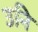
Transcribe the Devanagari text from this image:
उनि